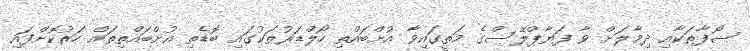
ސޯފާތަކާއި ދިމާލަށް ވާ ފަޔާޕްލޭސްގެ މަތީގައިވާ އުށްބައްތި ހޯލްޑަރުތަކުގައި ބޮޑެތި އުށްބައްތިތައް ހަރުކޮށްފައި